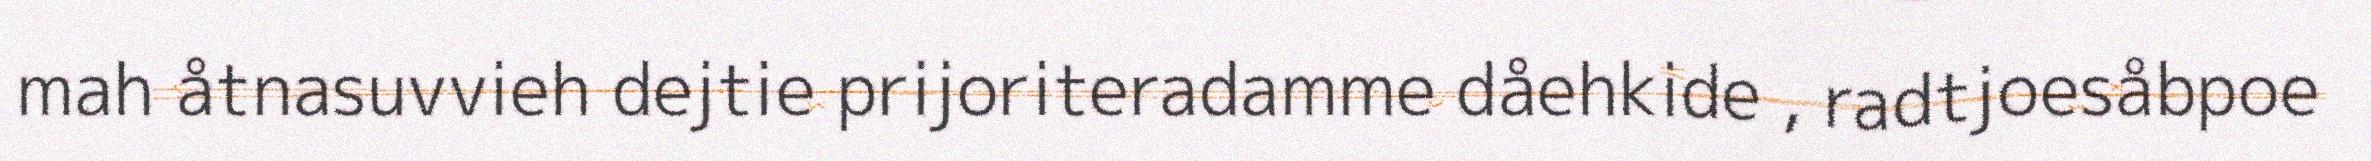
mah åtnasuvvieh dejtie prijoriteradamme dåehkide , radtjoesåbpoe